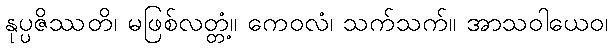
နုပ္ပဇိဿတိ၊ မဖြစ်လတ္တံ့။ ကေဝလံ၊ သက်သက်။ အာသဝါယေဝ၊